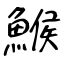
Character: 鯸